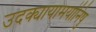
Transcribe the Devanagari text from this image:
उदक्यायामयोनिषु